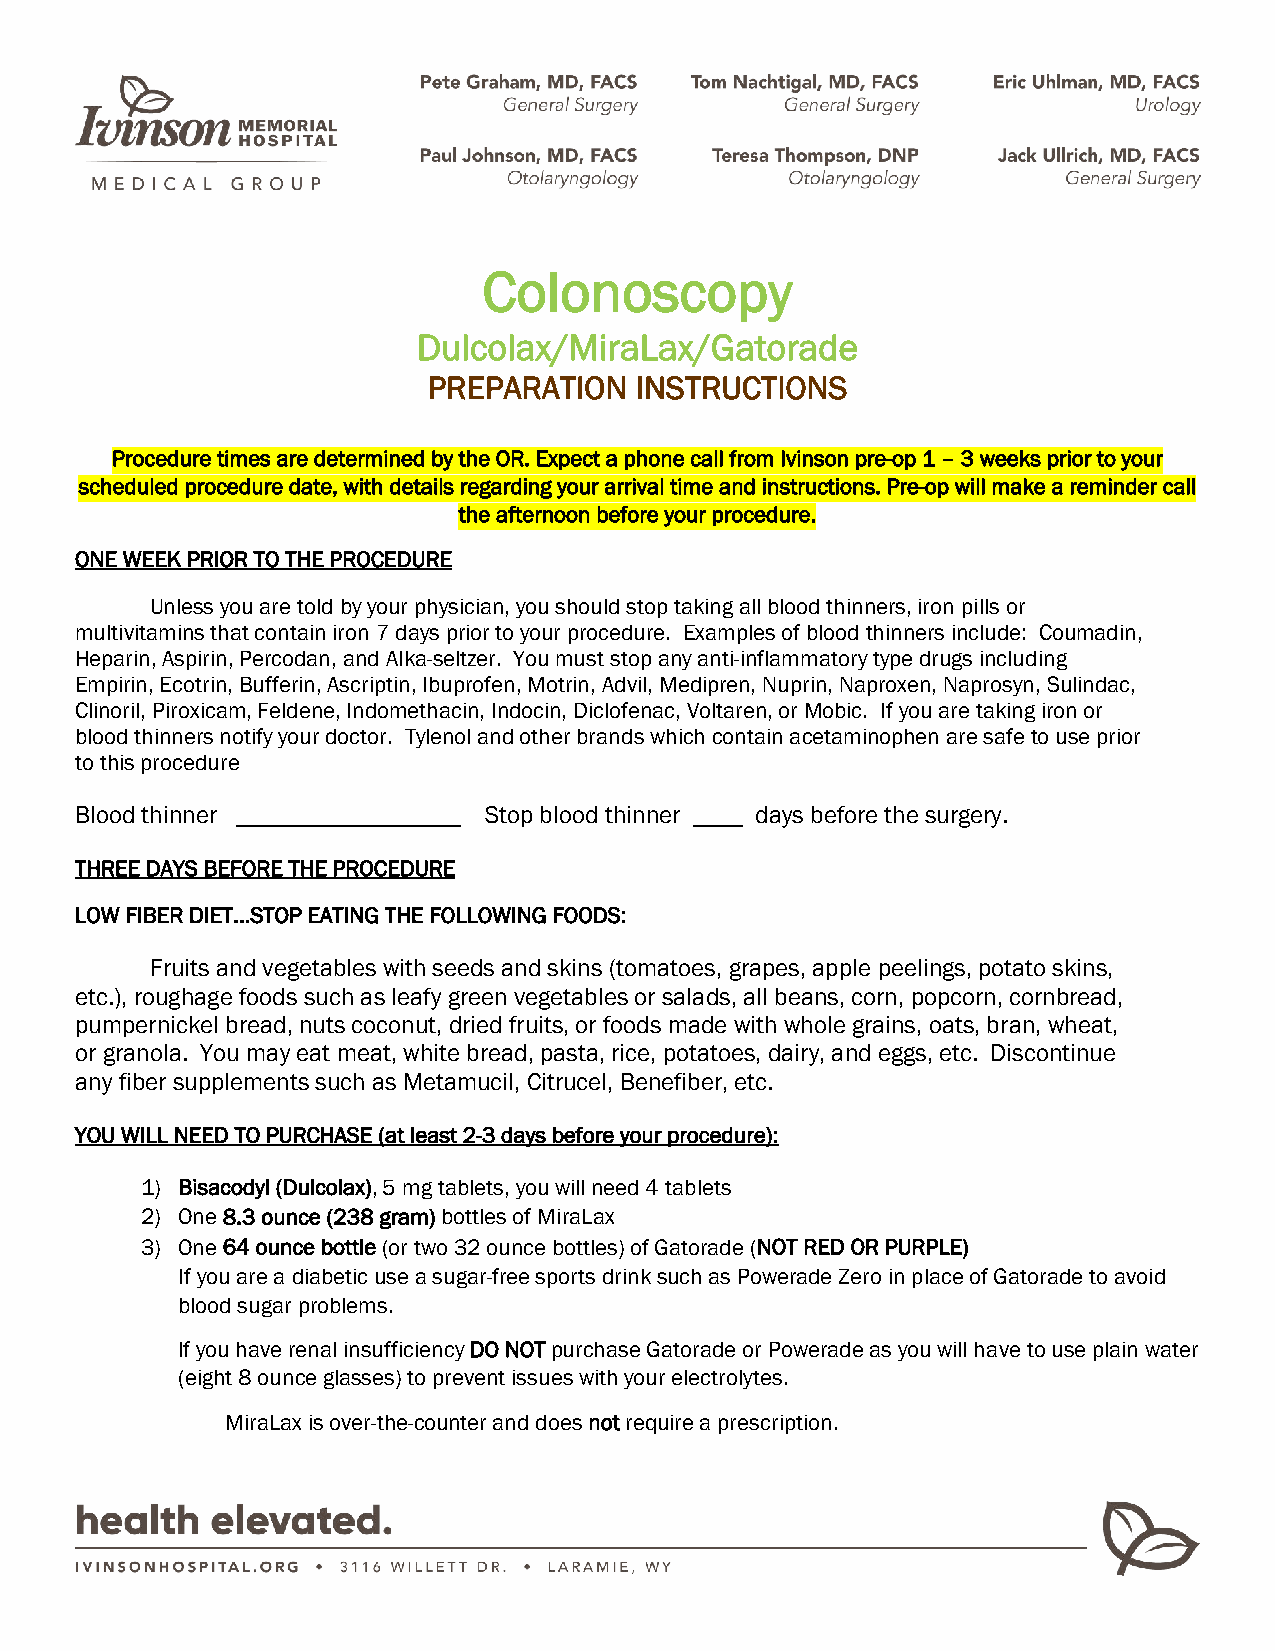
Colonoscopy
 Dulcolax/MiraLax/Gatorade
 PREPARATION   INSTRUCTIONS
 Procedure times are determined by the OR. Expect a phone call from Ivinson pre-op 1 – 3 weeks prior to your
 scheduled procedure date, with details regarding your arrival time and instructions. Pre-op will make a reminder call
 the afternoon before your procedure.
 ONE WEEK PRIOR TO THE PROCEDURE
 Unless you are told by your physician, you should stop taking all blood thinners, iron pills or
 multivitamins that contain iron 7 days prior to your procedure. Examples of blood thinners include: Coumadin,
 Heparin, Aspirin, Percodan, and Alka-seltzer. You must stop any anti-inflammatory type drugs including
 Empirin, Ecotrin, Bufferin, Ascriptin, Ibuprofen, Motrin, Advil, Medipren, Nuprin, Naproxen, Naprosyn, Sulindac,
 Clinoril, Piroxicam, Feldene, Indomethacin, Indocin, Diclofenac, Voltaren, or Mobic. If you are taking iron or
 blood thinners notify your doctor. Tylenol and other brands which contain acetaminophen are safe to use prior
 to this procedure
 Blood thinner __________________ Stop blood thinner ____ days before the surgery.
 THREE DAYS BEFORE THE PROCEDURE
 LOW FIBER DIET…STOP EATING THE FOLLOWING FOODS:
 Fruits and vegetables with seeds and skins (tomatoes, grapes, apple peelings, potato skins,
 etc.), roughage foods such as leafy green vegetables or salads, all beans, corn, popcorn, cornbread,
 pumpernickel bread, nuts coconut, dried fruits, or foods made with whole grains, oats, bran, wheat,
 or granola. You may eat meat, white bread, pasta, rice, potatoes, dairy, and eggs, etc. Discontinue
 any fiber supplements such as Metamucil, Citrucel, Benefiber, etc.
 YOU WILL NEED TO PURCHASE (at least 2-3 days before your procedure):
 1) Bisacodyl (Dulcolax), 5 mg tablets, you will need 4 tablets
 2) One 8.3 ounce (238 gram) bottles of MiraLax
 3) One 64 ounce bottle (or two 32 ounce bottles) of Gatorade (NOT RED OR PURPLE)
 If you are a diabetic use a sugar-free sports drink such as Powerade Zero in place of Gatorade to avoid
 blood sugar problems.
 If you have renal insufficiency DO NOT purchase Gatorade or Powerade as you will have to use plain water
 (eight 8 ounce glasses) to prevent issues with your electrolytes.
 MiraLax is over-the-counter and does not require a prescription.